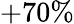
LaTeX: +70\%